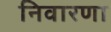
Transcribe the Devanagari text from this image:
निवारणा